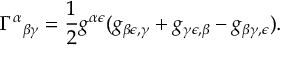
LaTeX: \Gamma ^ { \alpha } { } _ { \beta \gamma } = { \frac { 1 } { 2 } } g ^ { \alpha \epsilon } ( g _ { \beta \epsilon , \gamma } + g _ { \gamma \epsilon , \beta } - g _ { \beta \gamma , \epsilon } ) .